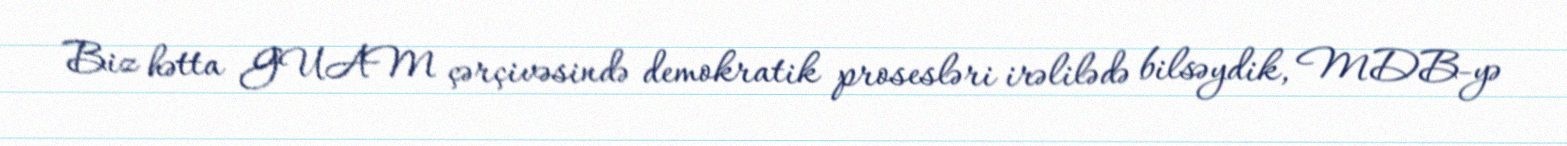
Biz hətta GUAM çərçivəsində demokratik prosesləri irəlilədə bilsəydik, MDB-yə